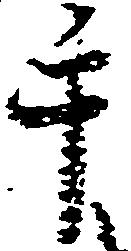
手